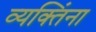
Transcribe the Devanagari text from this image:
व्यक्‍तिंना